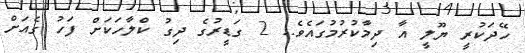
ހޭދަކުރީ ޔޫލީ އާ ދިމާކުރުމުގައެވެ.. 2 ގަޑީރުގެ ދިގު ކްލާހަކަށް ފަހު ގެއަށް